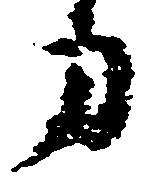
寅